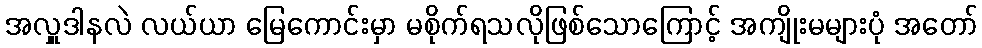
အလှူဒါနလဲ လယ်ယာ မြေကောင်းမှာ မစိုက်ရသလိုဖြစ်သောကြောင့် အကျိုးမများပုံ အတော်